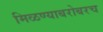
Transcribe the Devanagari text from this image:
मिळण्याबरोबरच